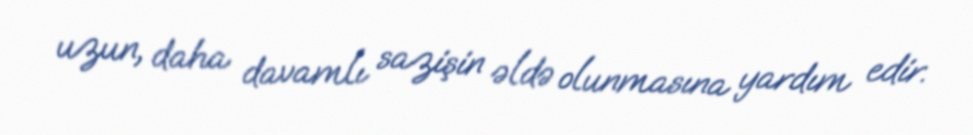
uzun, daha davamlı sazişin əldə olunmasına yardım edir.